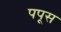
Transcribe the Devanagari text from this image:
पपूस